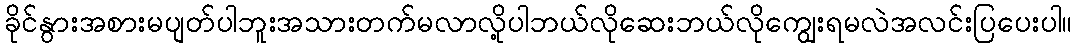
ခိုင်နွားအစားမပျတ်ပါဘူးအသားတက်မလာလို့ပါဘယ်လိုဆေးဘယ်လိုကျွေးရမလဲအလင်းပြပေးပါ။